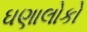
ઘણાલોકો